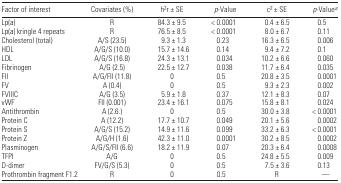
<table><thead><tr><td><b>Factor of interest</b></td><td><b>Covariates (%)</b></td><td><b>h<sup>2</sup>r ± SE</b></td><td><b><i>p</i>-Value</b></td><td><b>c<sup>2</sup> ± SE</b></td><td><b><i>p</i>-Valuea</b></td></tr></thead><tbody><tr><td>Lp(a)</td><td>R</td><td>84.3 ± 9.5</td><td>&lt; 0.0001</td><td>0.4 ± 6.5</td><td>0.5</td></tr><tr><td>Lp(a) kringle 4 repeats</td><td>R</td><td>76.5 ± 8.5</td><td>&lt; 0.0001</td><td>8.0 ± 6.7</td><td>0.11</td></tr><tr><td>Cholesterol (total)</td><td>A/S (23.5)</td><td>9.3 ± 1.3</td><td>0.23</td><td>16.3 ± 6.5</td><td>0.006</td></tr><tr><td>HDL</td><td>A/G/S (10.0)</td><td>15.7 ± 14.6</td><td>0.14</td><td>9.4 ± 7.2</td><td>0.1</td></tr><tr><td>LDL</td><td>A/G/S (16.8)</td><td>24.3 ± 13.1</td><td>0.034</td><td>10.2 ± 6.6</td><td>0.060</td></tr><tr><td>Fibrinogen</td><td>A/G (2.5)</td><td>22.5 ± 12.7</td><td>0.038</td><td>11.7 ± 6.4</td><td>0.035</td></tr><tr><td>FII</td><td>A/G/FII (11.8)</td><td>0</td><td>0.5</td><td>20.8 ± 3.5</td><td>0.0001</td></tr><tr><td>FV</td><td>A (0.4)</td><td>0</td><td>0.5</td><td>9.3 ± 2.3</td><td>0.002</td></tr><tr><td>FVIIIC</td><td>A/G (3.5)</td><td>5.9 ± 1.8</td><td>0.37</td><td>12.1 ± 8.3</td><td>0.07</td></tr><tr><td>vWF</td><td>FII (0.001)</td><td>23.4 ± 16.1</td><td>0.075</td><td>15.8 ± 8.1</td><td>0.024</td></tr><tr><td>Antithrombin</td><td>A (2.6.)</td><td>0</td><td>0.5</td><td>30.0 ± 3.8</td><td>&lt; 0.0001</td></tr><tr><td>Protein C</td><td>A (12.2)</td><td>17.7 ± 10.7</td><td>0.049</td><td>20.1 ± 5.6</td><td>0.0002</td></tr><tr><td>Protein S</td><td>A/G/S (15.2)</td><td>14.9 ± 11.6</td><td>0.099</td><td>33.2 ± 6.3</td><td>&lt; 0.0001</td></tr><tr><td>Protein Z</td><td>A/G/H (1.6)</td><td>42.3 ± 11.0</td><td>0.0001</td><td>30.2 ± 8.5</td><td>0.0002</td></tr><tr><td>Plasminogen</td><td>A/G/S/FII (6.6)</td><td>18.2 ± 11.9</td><td>0.07</td><td>20.3 ± 6.4</td><td>0.0008</td></tr><tr><td>TFPI</td><td>A/G</td><td>0</td><td>0.5</td><td>24.8 ± 5.5</td><td>0.009</td></tr><tr><td>D-dimer</td><td>FV/G/S (5.3)</td><td>0</td><td>0.5</td><td>7.5 ± 3.6</td><td>0.13</td></tr><tr><td>Prothrombin fragment F1.2</td><td>R</td><td>0</td><td>0.5</td><td>R</td><td>—</td></tr></tbody></table>